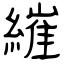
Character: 繀